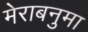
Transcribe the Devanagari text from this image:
मेराबनुमा